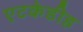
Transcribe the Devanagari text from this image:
एटकेडीह